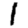
Digit: 1